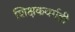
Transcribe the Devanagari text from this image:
शिक्षकवर्गही